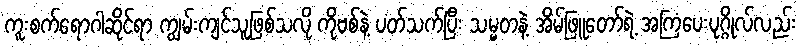
ကူးစက်ရောဂါဆိုင်ရာ ကျွမ်းကျင်သူဖြစ်သလို ကိုဗစ်နဲ့ ပတ်သက်ပြီး သမ္မတနဲ့ အိမ်ဖြူတော်ရဲ့ အကြံပေးပုဂ္ဂိုလ်လည်း